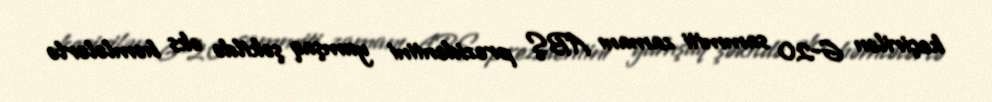
keçirilən G-20 sammiti zamanı ABŞ prezidentini yumşaq şəkildə əks həmlələrlə